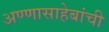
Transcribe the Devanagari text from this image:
अण्णासाहेबांची